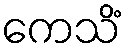
ကေသိံ